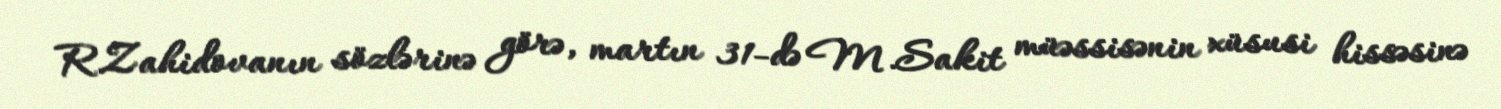
R.Zahidovanın sözlərinə görə, martın 31-də M.Sakit müəssisənin xüsusi hissəsinə